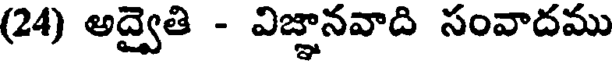
(24) అద్వైతి - విజ్ఞానవాది సంవాదము